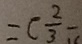
= ( \frac { 2 } { 3 } -